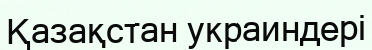
Қазақстан украиндері